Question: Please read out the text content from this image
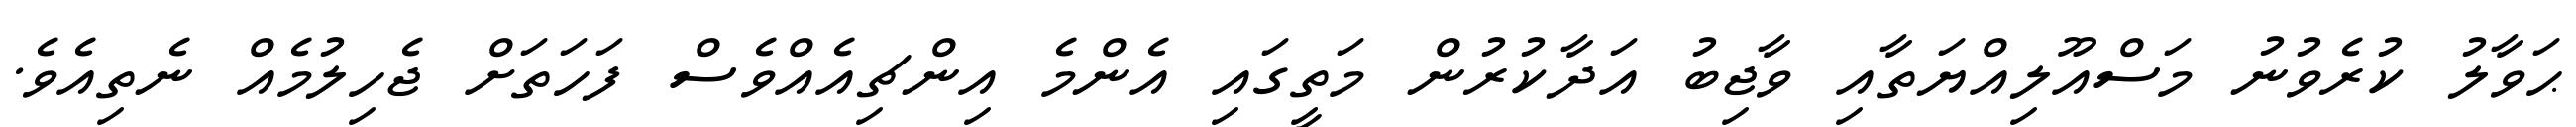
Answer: ޙަވާލު ކުރެވުނު މަސްއޫލިއްޔަތާއި ވާޖިބު އަދާކުރުން މަތީގައި އެންމެ އިންޗިއެއްވެސް ފަހަތަށް ޖެހިލުމެއް ނެތިއެވެ.